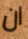
ان